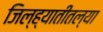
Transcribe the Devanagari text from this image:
जिल्ह्यातीतल्या